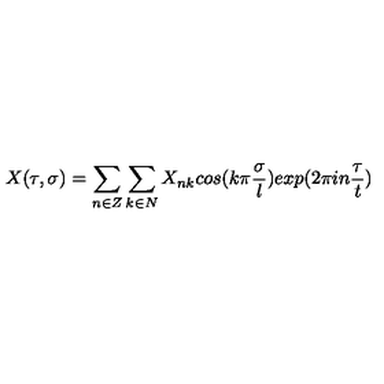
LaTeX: X ( \tau , \sigma ) = \sum _ { n \in Z } \sum _ { k \in N } X _ { n k } c o s ( k \pi \frac { \sigma } { l } ) e x p ( 2 \pi i n \frac { \tau } { t } )